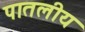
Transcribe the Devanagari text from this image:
पातलीय